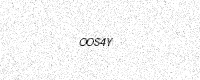
Text: OOS4Y